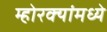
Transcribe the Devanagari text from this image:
म्होरक्यांमध्ये